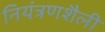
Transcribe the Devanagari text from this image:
नियंत्रणशैली